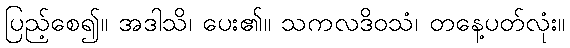
ပြည့်စေ၍။ အဒါသိ၊ ပေး၏။ သကလဒိဝသံ၊ တနေ့ပတ်လုံး။